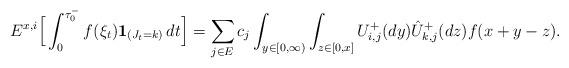
LaTeX: \begin{align*}{E}^{x,i}\Big[\int_0^{ {\tau}^-_0}f(\xi_t)\mathbf{1}_{(J_t =k)}\,dt\Big] = \sum_{j\in E}c_j\int_{y\in[0,\infty)}\int_{z\in[0,x]}U^+_{i,j}(dy)\hat{U}^+_{k,j}(dz) f(x+y -z).\end{align*}